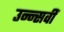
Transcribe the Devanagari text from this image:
उन्न्सवीं